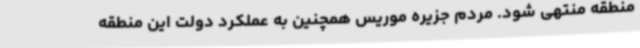
منطقه منتهی شود. مردم جزیره موریس همچنین به عملکرد دولت این منطقه